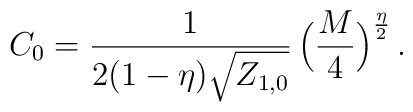
C_0=\frac{1}{2(1-\eta)\sqrt{{{Z}}_{1,0}}}\,                \Big(\frac{M}{4}\Big)^{\frac{\eta}{2}}\, .